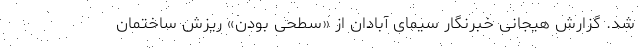
شد. گزارش هیجانی خبرنگار سیمای آبادان از «سطحی بودن» ریزش ساختمان